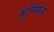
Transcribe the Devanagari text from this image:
भूमिकेस